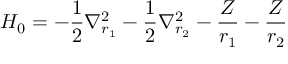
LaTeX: H _ { 0 } = - { \frac { 1 } { 2 } } \nabla _ { r _ { 1 } } ^ { 2 } - { \frac { 1 } { 2 } } \nabla _ { r _ { 2 } } ^ { 2 } - { \frac { Z } { r _ { 1 } } } - { \frac { Z } { r _ { 2 } } }